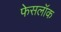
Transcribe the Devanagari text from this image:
फेसलॉक